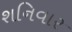
શનિવાર